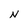
Character: N